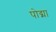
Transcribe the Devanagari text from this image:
पोद्मा